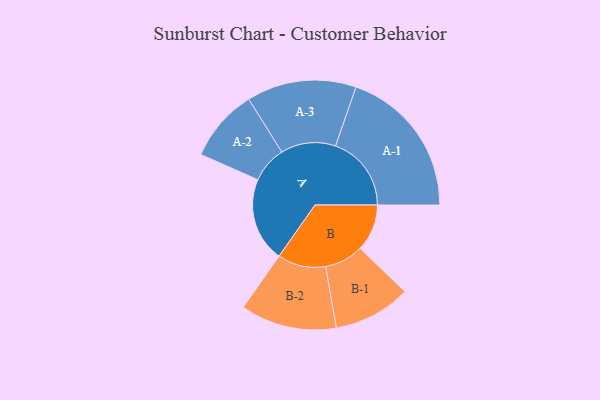
{"axis": {"x": "Segment", "y": "Value"}, "legend": ["", "A", "B"], "data": [{"x": "A", "y": 289, "type": ""}, {"x": "B", "y": 161, "type": ""}, {"x": "A-1", "y": 260, "type": "A"}, {"x": "A-2", "y": 125, "type": "A"}, {"x": "A-3", "y": 188, "type": "A"}, {"x": "B-1", "y": 133, "type": "B"}, {"x": "B-2", "y": 165, "type": "B"}]}